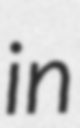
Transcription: in